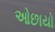
ઓછાયો